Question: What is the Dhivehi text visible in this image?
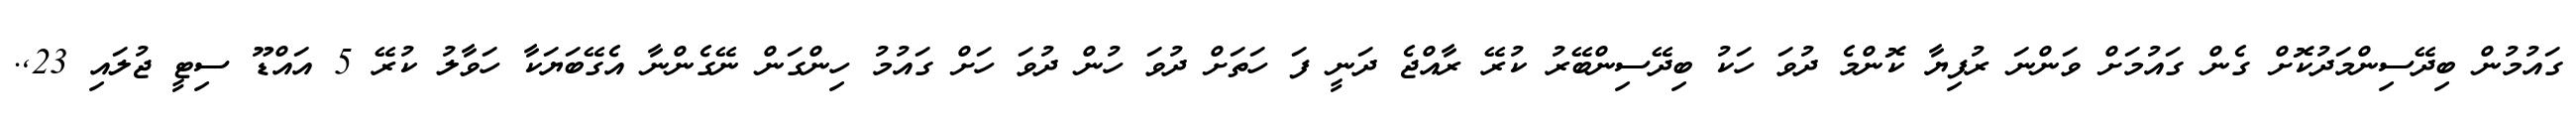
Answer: ގައުމުން ބިދޭސިންމަދުކޮށް ގެން ގައުމަށް ވަންނަ ރުފިޔާ ކޮންމެ ދުވަ ހަކު ބިދޭސިންބޭރު ކުރޭ ރާއްޖެ ދަނީ ފަ ހަތަށް ދުވަ ހުން ދުވަ ހަށް ގައުމު ހިންގަން ނޭގެންނާ އެގޭބަޔަކާ ހަވާލު ކުރޭ 5 އައްޑޫ ސިޓީ ޖުލައި 23,.